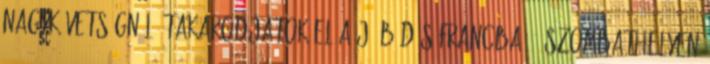
nagykövetségnél „Takarodjatok el a jó büdös francba” – Szombathelyen